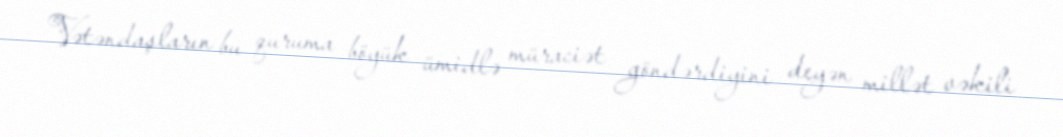
Vətəndaşların bu quruma böyük ümidlə müraciət göndərdiyini deyən millət vəkili